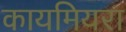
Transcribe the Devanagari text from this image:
कायमियरा